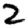
Digit: 2